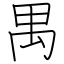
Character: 禺